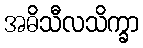
အဓိသီလသိက္ခာ